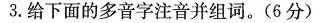
3.给下面的多音字注音并组词。(6分)